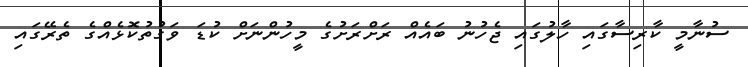
ސުނާމީ ކާރިސާގައި ހާލުގައި ޖެހުނު ބައެއް ރަށްރަށުގެ މީހުންނަށް ކުޑަ ވަގުތުކޮޅެއްގެ ތެރޭގައި